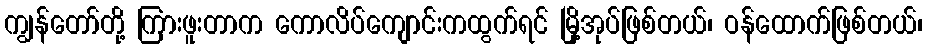
ကျွန်တော်တို့ ကြားဖူးတာက ကောလိပ်ကျောင်းကထွက်ရင် မြို့အုပ်ဖြစ်တယ်၊ ဝန်ထောက်ဖြစ်တယ်၊